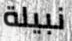
نبيلة